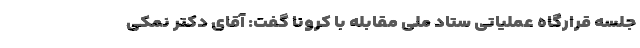
جلسه قرارگاه عملیاتی ستاد ملی مقابله با کرونا گفت: آقای دکتر نمکی